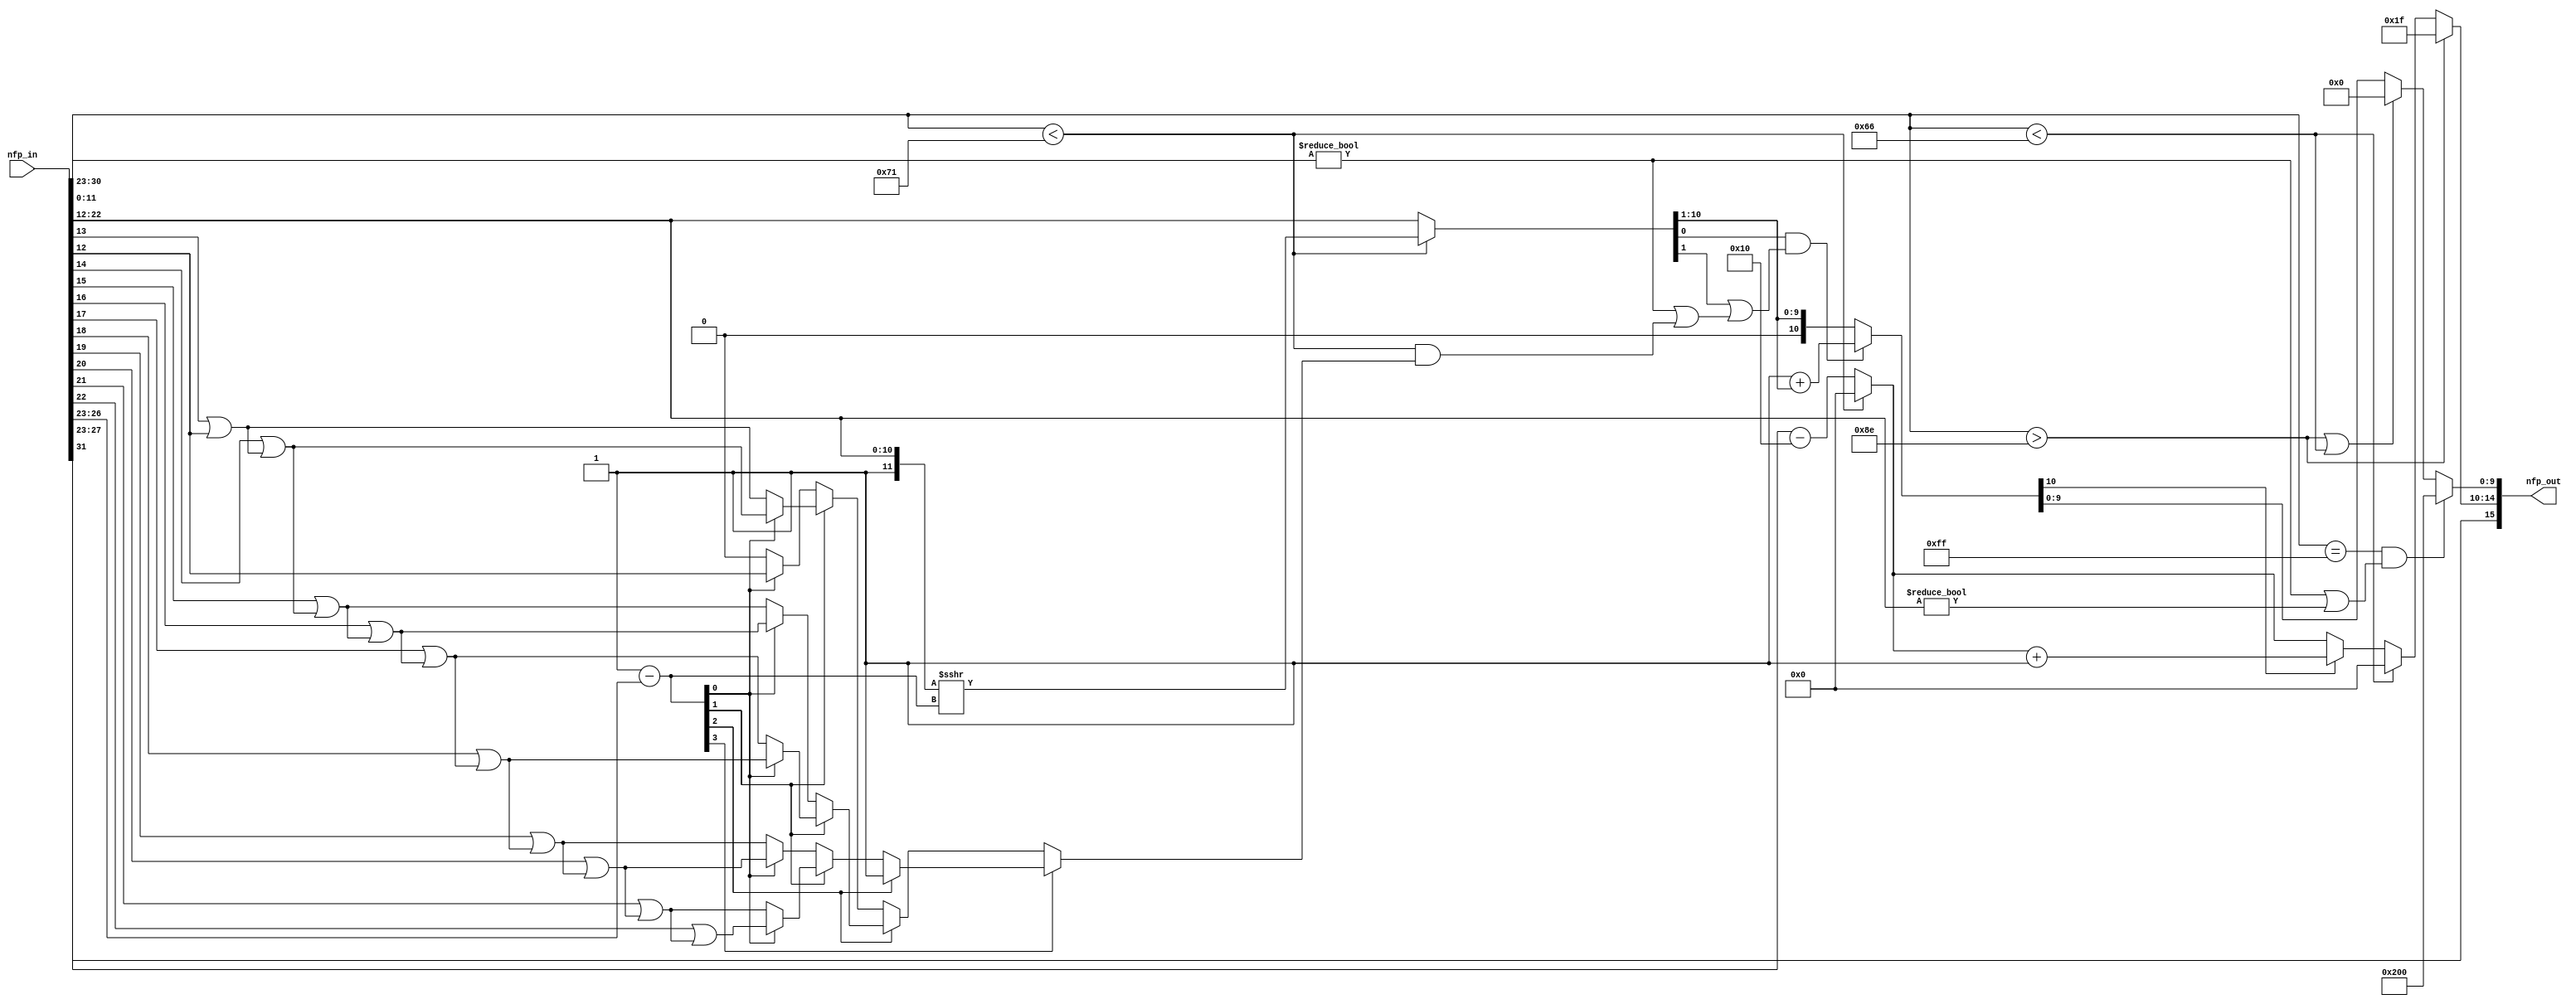
// ------------------------------------------------------------------------
// Convert the demodulator output from a double precision floating-point to
// a half precision floating poit to reduce the I/O count
// ------------------------------------------------------------------------

`timescale 1 us / 1 us

module Convert_Single2Half
          (nfp_in,
           nfp_out);


  input   [31:0] nfp_in;  // ufix32
  output  [15:0] nfp_out;  // ufix16


  wire aSign;  // ufix1
  wire [7:0] aExponent;  // ufix8
  wire [22:0] aMantissa;  // ufix23
  wire alpha142_out1;  // ufix1
  wire alpha102_out1;  // ufix1
  wire alpha113_out1;  // ufix1
  wire [10:0] Bit_Slice1_out1;  // ufix11
  wire Constant8_out1;  // ufix1
  wire [11:0] Bit_Concat_out1;  // ufix12
  wire [7:0] Constant4_out1;  // ufix8
  wire [7:0] Subtract_out1;  // ufix8
  wire [3:0] Data_Type_Conversion_out1;  // ufix4
  wire [7:0] dynamic_shift_1;  // uint8
  wire [11:0] Shift_Arithmetic_out1;  // ufix12
  wire [10:0] Bit_Slice2_out1;  // ufix11
  wire [10:0] Switch4_out1;  // ufix11
  wire LSB_out1;  // ufix1
  wire [11:0] Bit_Slice_out1;  // ufix12
  wire Compare_To_Zero_out1;  // ufix1
  wire Bit_Slice1_out1_1;  // ufix1
  wire Bit_Slice4_out1;  // ufix1
  wire Bit_Slice3_out1;  // ufix1
  wire Bit_Slice5_out1;  // ufix1
  wire Constant_out1;  // ufix1
  wire Bit_Slice11_out1;  // ufix1
  wire Bit_Slice10_out1;  // ufix1
  wire Bit_Slice9_out1;  // ufix1
  wire Bit_Slice8_out1;  // ufix1
  wire Bit_Slice7_out1;  // ufix1
  wire Bit_Slice6_out1;  // ufix1
  wire Bit_Slice5_out1_1;  // ufix1
  wire Bit_Slice4_out1_1;  // ufix1
  wire Bit_Slice3_out1_1;  // ufix1
  wire Bit_Slice2_out1_1;  // ufix1
  wire Bit_Slice1_out1_2;  // ufix1
  wire Bit_Slice_out1_1;  // ufix1
  wire Logical_Operator_out1;  // ufix1
  wire Logical_Operator1_out1;  // ufix1
  wire Logical_Operator2_out1;  // ufix1
  wire Logical_Operator3_out1;  // ufix1
  wire Logical_Operator4_out1;  // ufix1
  wire Logical_Operator5_out1;  // ufix1
  wire Logical_Operator6_out1;  // ufix1
  wire Logical_Operator7_out1;  // ufix1
  wire Logical_Operator8_out1;  // ufix1
  wire Logical_Operator9_out1;  // ufix1
  wire Logical_Operator10_out1;  // ufix1
  wire [11:0] Bit_Concat_out1_1;  // ufix12
  wire Bit_Slice8_out1_1;  // ufix1
  wire Switch6_out1;  // ufix1
  wire Bit_Slice9_out1_1;  // ufix1
  wire Bit_Slice12_out1;  // ufix1
  wire Switch1_out1;  // ufix1
  wire Switch8_out1;  // ufix1
  wire Bit_Slice13_out1;  // ufix1
  wire Bit_Slice14_out1;  // ufix1
  wire Switch2_out1;  // ufix1
  wire Bit_Slice15_out1;  // ufix1
  wire Bit_Slice16_out1;  // ufix1
  wire Switch3_out1;  // ufix1
  wire Switch9_out1;  // ufix1
  wire Switch7_out1;  // ufix1
  wire Bit_Slice17_out1;  // ufix1
  wire Bit_Slice18_out1;  // ufix1
  wire Switch4_out1_1;  // ufix1
  wire Bit_Slice19_out1;  // ufix1
  wire Bit_Slice10_out1_1;  // ufix1
  wire Switch5_out1;  // ufix1
  wire Switch10_out1;  // ufix1
  wire Bit_Slice11_out1_1;  // ufix1
  wire Switch11_out1;  // ufix1
  wire Switch12_out1;  // ufix1
  wire Logical_Operator4_out1_1;  // ufix1
  wire Round_out1;  // ufix1
  wire Logical_Operator3_out1_1;  // ufix1
  wire Logical_Operator6_out1_1;  // ufix1
  wire Logical_Operator5_out1_1;  // ufix1
  wire [10:0] Bit_Shift_out1;  // ufix11
  wire [10:0] Constant6_out1;  // ufix11
  wire [10:0] Subtract2_out1;  // ufix11
  wire [10:0] Switch5_out1_1;  // ufix11
  wire Round1_out1;  // ufix1
  wire [7:0] Constant5_out1;  // ufix8
  wire [7:0] Subtract1_out1;  // ufix8
  wire [4:0] Data_Type_Conversion1_out1;  // ufix5
  wire [4:0] Constant1_out1;  // ufix5
  wire [4:0] Switch1_out1_1;  // ufix5
  wire [4:0] Constant7_out1;  // ufix5
  wire [4:0] Subtract3_out1;  // ufix5
  wire [4:0] Switch6_out1_1;  // ufix5
  wire [4:0] Constant9_out1;  // ufix5
  wire [4:0] Switch7_out1_1;  // ufix5
  wire [4:0] Constant_out1_1;  // ufix5
  wire [4:0] Switch_out1;  // ufix5
  wire alpha255_out1;  // ufix1
  wire Compare_To_Zero1_out1;  // ufix1
  wire Logical_Operator_out1_1;  // ufix1
  wire [9:0] Round2_out1;  // ufix10
  wire Logical_Operator2_out1_1;  // ufix1
  wire Logical_Operator1_out1_1;  // ufix1
  wire [9:0] Constant3_out1;  // ufix10
  wire [9:0] Switch3_out1_1;  // ufix10
  wire [9:0] Constant2_out1;  // ufix10
  wire [9:0] Switch2_out1_1;  // ufix10
  wire [15:0] nfp_out_pack;  // ufix16


  // Split 32 bit word into FP sign, exponent, mantissa
  assign aSign = nfp_in[31];
  assign aExponent = nfp_in[30:23];
  assign aMantissa = nfp_in[22:0];



  assign alpha142_out1 = aExponent > 8'b10001110;



  assign alpha102_out1 = aExponent < 8'b01100110;



  assign alpha113_out1 = aExponent < 8'b01110001;



  assign Bit_Slice1_out1 = aMantissa[22:12];



  assign Constant8_out1 = 1'b1;



  assign Bit_Concat_out1 = {Constant8_out1, Bit_Slice1_out1};



  assign Constant4_out1 = 8'b01110001;



  assign Subtract_out1 = Constant4_out1 - aExponent;



  assign Data_Type_Conversion_out1 = Subtract_out1[3:0];



  assign dynamic_shift_1 = {4'b0, Data_Type_Conversion_out1};
  assign Shift_Arithmetic_out1 = Bit_Concat_out1 >>> dynamic_shift_1;



  assign Bit_Slice2_out1 = Shift_Arithmetic_out1[10:0];



  assign Switch4_out1 = (alpha113_out1 == 1'b0 ? Bit_Slice1_out1 :
              Bit_Slice2_out1);



  assign LSB_out1 = Switch4_out1[1];



  assign Bit_Slice_out1 = aMantissa[11:0];



  assign Compare_To_Zero_out1 = Bit_Slice_out1 != 12'b000000000000;



  assign Bit_Slice1_out1_1 = Data_Type_Conversion_out1[3];



  assign Bit_Slice4_out1 = Data_Type_Conversion_out1[2];



  assign Bit_Slice3_out1 = Data_Type_Conversion_out1[1];



  assign Bit_Slice5_out1 = Data_Type_Conversion_out1[0];



  assign Constant_out1 = 1'b0;



  assign Bit_Slice11_out1 = Bit_Concat_out1[11];



  assign Bit_Slice10_out1 = Bit_Concat_out1[10];



  assign Bit_Slice9_out1 = Bit_Concat_out1[9];



  assign Bit_Slice8_out1 = Bit_Concat_out1[8];



  assign Bit_Slice7_out1 = Bit_Concat_out1[7];



  assign Bit_Slice6_out1 = Bit_Concat_out1[6];



  assign Bit_Slice5_out1_1 = Bit_Concat_out1[5];



  assign Bit_Slice4_out1_1 = Bit_Concat_out1[4];



  assign Bit_Slice3_out1_1 = Bit_Concat_out1[3];



  assign Bit_Slice2_out1_1 = Bit_Concat_out1[2];



  assign Bit_Slice1_out1_2 = Bit_Concat_out1[1];



  assign Bit_Slice_out1_1 = Bit_Concat_out1[0];



  assign Logical_Operator_out1 = Bit_Slice1_out1_2 | Bit_Slice_out1_1;



  assign Logical_Operator1_out1 = Bit_Slice2_out1_1 | Logical_Operator_out1;



  assign Logical_Operator2_out1 = Bit_Slice3_out1_1 | Logical_Operator1_out1;



  assign Logical_Operator3_out1 = Bit_Slice4_out1_1 | Logical_Operator2_out1;



  assign Logical_Operator4_out1 = Bit_Slice5_out1_1 | Logical_Operator3_out1;



  assign Logical_Operator5_out1 = Bit_Slice6_out1 | Logical_Operator4_out1;



  assign Logical_Operator6_out1 = Bit_Slice7_out1 | Logical_Operator5_out1;



  assign Logical_Operator7_out1 = Bit_Slice8_out1 | Logical_Operator6_out1;



  assign Logical_Operator8_out1 = Bit_Slice9_out1 | Logical_Operator7_out1;



  assign Logical_Operator9_out1 = Bit_Slice10_out1 | Logical_Operator8_out1;



  assign Logical_Operator10_out1 = Bit_Slice11_out1 | Logical_Operator9_out1;



  assign Bit_Concat_out1_1 = {Logical_Operator10_out1, Logical_Operator9_out1, Logical_Operator8_out1, Logical_Operator7_out1, Logical_Operator6_out1, Logical_Operator5_out1, Logical_Operator4_out1, Logical_Operator3_out1, Logical_Operator2_out1, Logical_Operator1_out1, Logical_Operator_out1, Bit_Slice_out1_1};



  assign Bit_Slice8_out1_1 = Bit_Concat_out1_1[0];



  assign Switch6_out1 = (Bit_Slice5_out1 == 1'b0 ? Constant_out1 :
              Bit_Slice8_out1_1);



  assign Bit_Slice9_out1_1 = Bit_Concat_out1_1[1];



  assign Bit_Slice12_out1 = Bit_Concat_out1_1[2];



  assign Switch1_out1 = (Bit_Slice5_out1 == 1'b0 ? Bit_Slice9_out1_1 :
              Bit_Slice12_out1);



  assign Switch8_out1 = (Bit_Slice3_out1 == 1'b0 ? Switch6_out1 :
              Switch1_out1);



  assign Bit_Slice13_out1 = Bit_Concat_out1_1[3];



  assign Bit_Slice14_out1 = Bit_Concat_out1_1[4];



  assign Switch2_out1 = (Bit_Slice5_out1 == 1'b0 ? Bit_Slice13_out1 :
              Bit_Slice14_out1);



  assign Bit_Slice15_out1 = Bit_Concat_out1_1[5];



  assign Bit_Slice16_out1 = Bit_Concat_out1_1[6];



  assign Switch3_out1 = (Bit_Slice5_out1 == 1'b0 ? Bit_Slice15_out1 :
              Bit_Slice16_out1);



  assign Switch9_out1 = (Bit_Slice3_out1 == 1'b0 ? Switch2_out1 :
              Switch3_out1);



  assign Switch7_out1 = (Bit_Slice4_out1 == 1'b0 ? Switch8_out1 :
              Switch9_out1);



  assign Bit_Slice17_out1 = Bit_Concat_out1_1[7];



  assign Bit_Slice18_out1 = Bit_Concat_out1_1[8];



  assign Switch4_out1_1 = (Bit_Slice5_out1 == 1'b0 ? Bit_Slice17_out1 :
              Bit_Slice18_out1);



  assign Bit_Slice19_out1 = Bit_Concat_out1_1[9];



  assign Bit_Slice10_out1_1 = Bit_Concat_out1_1[10];



  assign Switch5_out1 = (Bit_Slice5_out1 == 1'b0 ? Bit_Slice19_out1 :
              Bit_Slice10_out1_1);



  assign Switch10_out1 = (Bit_Slice3_out1 == 1'b0 ? Switch4_out1_1 :
              Switch5_out1);



  assign Bit_Slice11_out1_1 = Bit_Concat_out1_1[11];



  assign Switch11_out1 = (Bit_Slice4_out1 == 1'b0 ? Switch10_out1 :
              Bit_Slice11_out1_1);



  assign Switch12_out1 = (Bit_Slice1_out1_1 == 1'b0 ? Switch7_out1 :
              Switch11_out1);



  assign Logical_Operator4_out1_1 = alpha113_out1 & Switch12_out1;



  assign Round_out1 = Switch4_out1[0];



  assign Logical_Operator3_out1_1 = Compare_To_Zero_out1 | Logical_Operator4_out1_1;



  assign Logical_Operator6_out1_1 = LSB_out1 | Logical_Operator3_out1_1;



  assign Logical_Operator5_out1_1 = Round_out1 & Logical_Operator6_out1_1;



  assign Bit_Shift_out1 = Switch4_out1 >> 8'd1;



  assign Constant6_out1 = 11'b00000000001;



  assign Subtract2_out1 = Constant6_out1 + Bit_Shift_out1;



  assign Switch5_out1_1 = (Logical_Operator5_out1_1 == 1'b0 ? Bit_Shift_out1 :
              Subtract2_out1);



  assign Round1_out1 = Switch5_out1_1[10];



  assign Constant5_out1 = 8'b01110000;



  assign Subtract1_out1 = aExponent - Constant5_out1;



  assign Data_Type_Conversion1_out1 = Subtract1_out1[4:0];



  assign Constant1_out1 = 5'b00000;



  assign Switch1_out1_1 = (alpha113_out1 == 1'b0 ? Data_Type_Conversion1_out1 :
              Constant1_out1);



  assign Constant7_out1 = 5'b00001;



  assign Subtract3_out1 = Switch1_out1_1 + Constant7_out1;



  assign Switch6_out1_1 = (Round1_out1 == 1'b0 ? Switch1_out1_1 :
              Subtract3_out1);



  assign Constant9_out1 = 5'b00000;



  assign Switch7_out1_1 = (alpha102_out1 == 1'b0 ? Switch6_out1_1 :
              Constant9_out1);



  assign Constant_out1_1 = 5'b11111;



  assign Switch_out1 = (alpha142_out1 == 1'b0 ? Switch7_out1_1 :
              Constant_out1_1);



  assign alpha255_out1 = aExponent == 8'b11111111;



  assign Compare_To_Zero1_out1 = Bit_Slice1_out1 != 11'b00000000000;



  assign Logical_Operator_out1_1 = alpha142_out1 | alpha102_out1;



  assign Round2_out1 = Switch5_out1_1[9:0];



  assign Logical_Operator2_out1_1 = Compare_To_Zero_out1 | Compare_To_Zero1_out1;



  assign Logical_Operator1_out1_1 = alpha255_out1 & Logical_Operator2_out1_1;



  assign Constant3_out1 = 10'b0000000000;



  assign Switch3_out1_1 = (Logical_Operator_out1_1 == 1'b0 ? Round2_out1 :
              Constant3_out1);



  assign Constant2_out1 = 10'b1000000000;



  assign Switch2_out1_1 = (Logical_Operator1_out1_1 == 1'b0 ? Switch3_out1_1 :
              Constant2_out1);



  // Combine FP sign, exponent, mantissa into 16 bit word
  assign nfp_out_pack = {aSign, Switch_out1, Switch2_out1_1};



  assign nfp_out = nfp_out_pack;

endmodule  // Convert_Single2Half